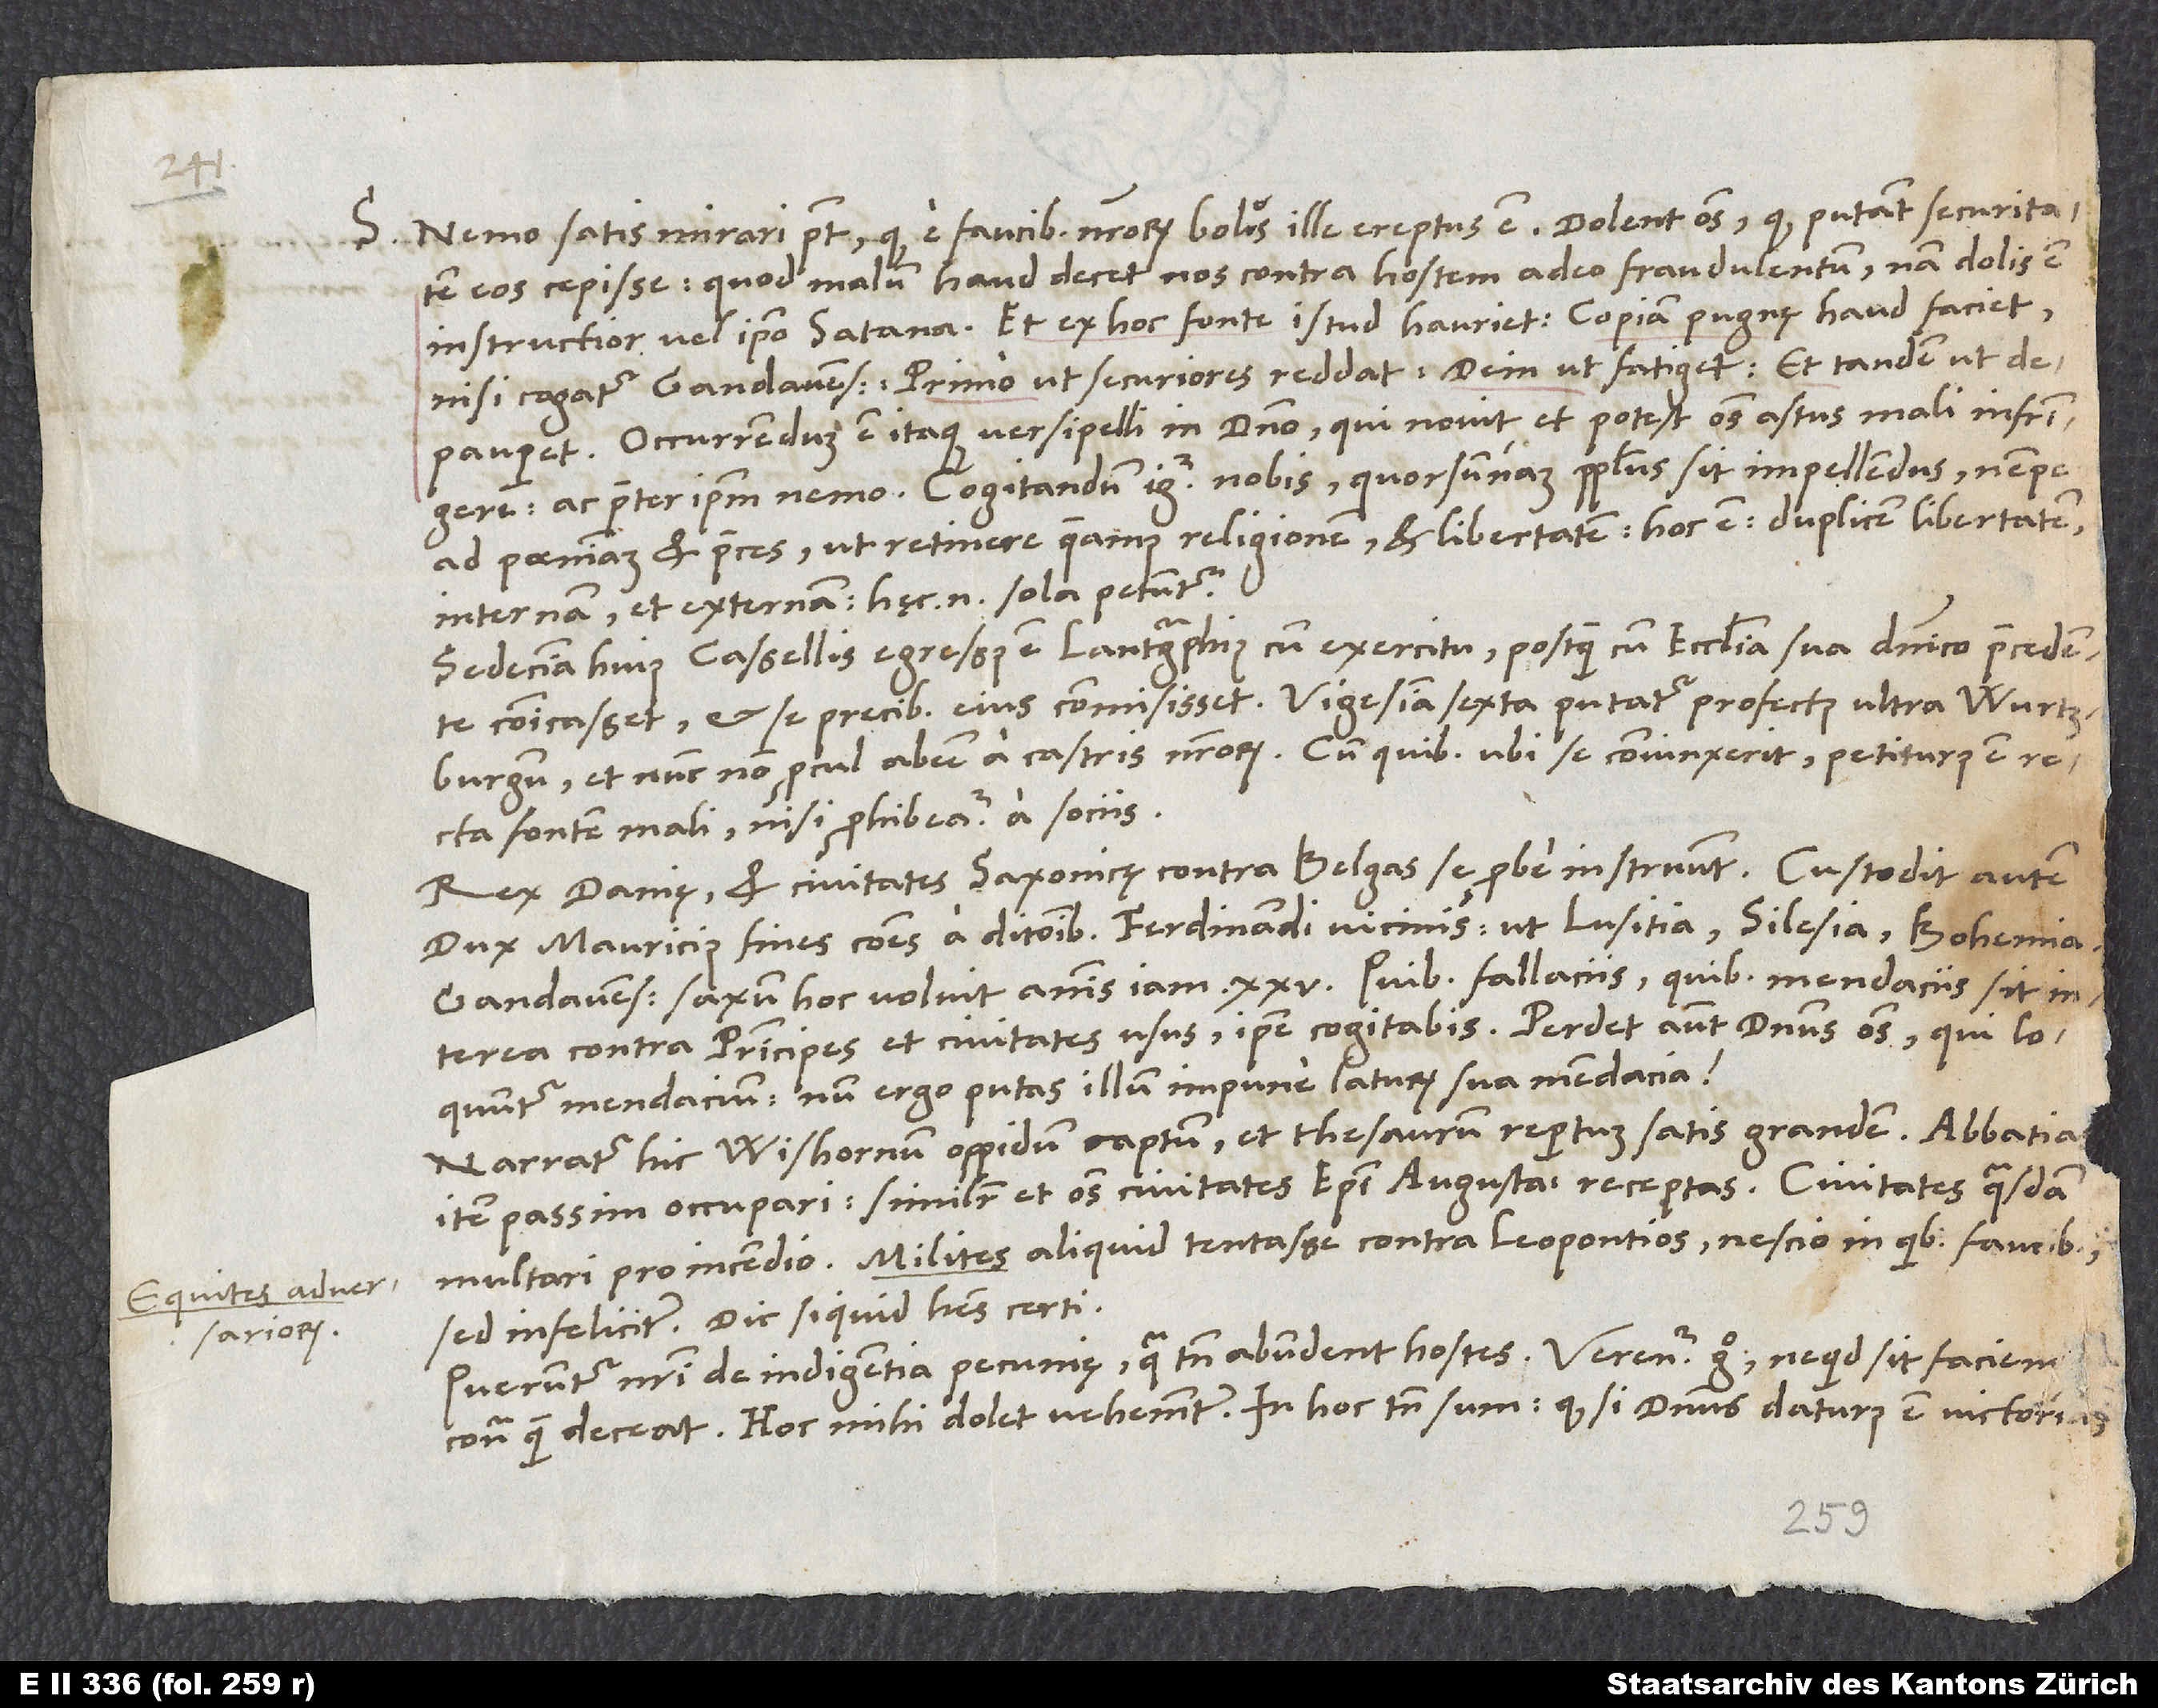
S. Nemo satis mirari potest, quod e faucibus nostrorum bolus ille ereptus est. Dolent omnes, quod putant securitatem
eos cepisse - quod malum haud decet nos contra hostem adeo fraudulentum. Nam dolis est
instructior vel ipso satana et ex hoc fonte istud hauriet. Copiam pugnę haud faciet,
nisi cogatur Gandavensis: Primo, ut securiores reddat, deinde, ut fatiget et tandem, ut
depauperet. Occurrendum est itaque versipelli in domino, qui novit et potest omnes astus mali infringere,
ac praeter ipsum nemo. Cogitandum igitur nobis, quorsum nam populus sit impellendus, nempe
ad poenitentiam et preces, ut retinere queamus religionem et libertatem, hoc est duplicem libertatem,
internam et externam. Hęc enim sola petuntur.
Sedecima huius Cassellis egressus est lantgraphius cum exercitu, postquam cum ecclesia sua dominico precedente
communicasset et se precibus eius commisisset. Vigesima sexta putatur profectus ultra Wurtzburgum
et nunc non procul abesse a castris nostrorum; cum quibus ubi se coniunxerit, petiturus est recta
fontem mali, nisi prohibeatur a sociis.
Rex Danię et civitates Saxonicę contra Belgas se probe instruunt. Custodit autem
dux Mauricius fines communes a ditionibus Ferdinandi vicinis, ut Lusitia, Silesia, Bohemia.
Gandavensis saxum hoc volvit annis iam 25. Quibus fallaciis, quibus mendaciis sit
interea contra principes et civitates usus, ipse cogitabis. Perdet autem dominus omnes, qui loquuntur
mendacium. Num ergo putas illum impune laturum sua mendacia?
Narratur hic Wishornum oppidum captum et thesaurum repertum satis grandem, abbatias
item passim occupari, similiter et omnes civitates episcopi Augustani receptas. Civitates quasdam
sed infeliciter. Dic, si quid habes certi.
Queruntur nostri de indigentia pecunię, qua tamen abundent hostes. Verentur ergo, ne quid sit facien
contra, quam deceat. Hoc mihi dolet vehementer. In hoc tamen sum, quod si dominus daturus est victoriam,